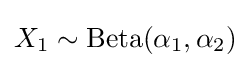
X_{1}\sim \operatorname {Beta} (\alpha _{1},\alpha _{2})